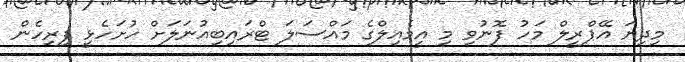
މިދިޔަ އޭޕްރީލް މަހު ފޮނުވި މި އީމެއިލްގެ މައްސަލަ ޓްރައިބިއުނަލަށް ހުށަހެޅީ ފިރިހެން